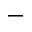
-